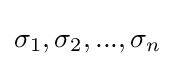
\sigma _{1},\sigma _{2},...,\sigma _{n}